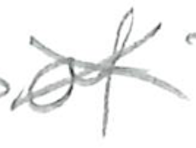
Text: of
Cross-out: cross
Writing tool: pencil